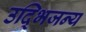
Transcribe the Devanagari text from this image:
उद्भिजन्य